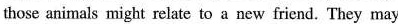
those animals might relate to a new friend. They may